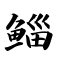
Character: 鲻